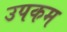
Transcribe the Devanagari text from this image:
उपकम